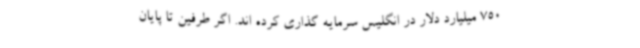
750 میلیارد دلار در انگلیس سرمایه گذاری کرده اند. اگر طرفین تا پایان